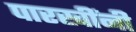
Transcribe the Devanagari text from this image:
पारखींनी